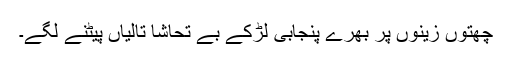
چھتوں زینوں پر بھرے پنجابی لڑکے بے تحاشا تالیاں پیٹنے لگے۔